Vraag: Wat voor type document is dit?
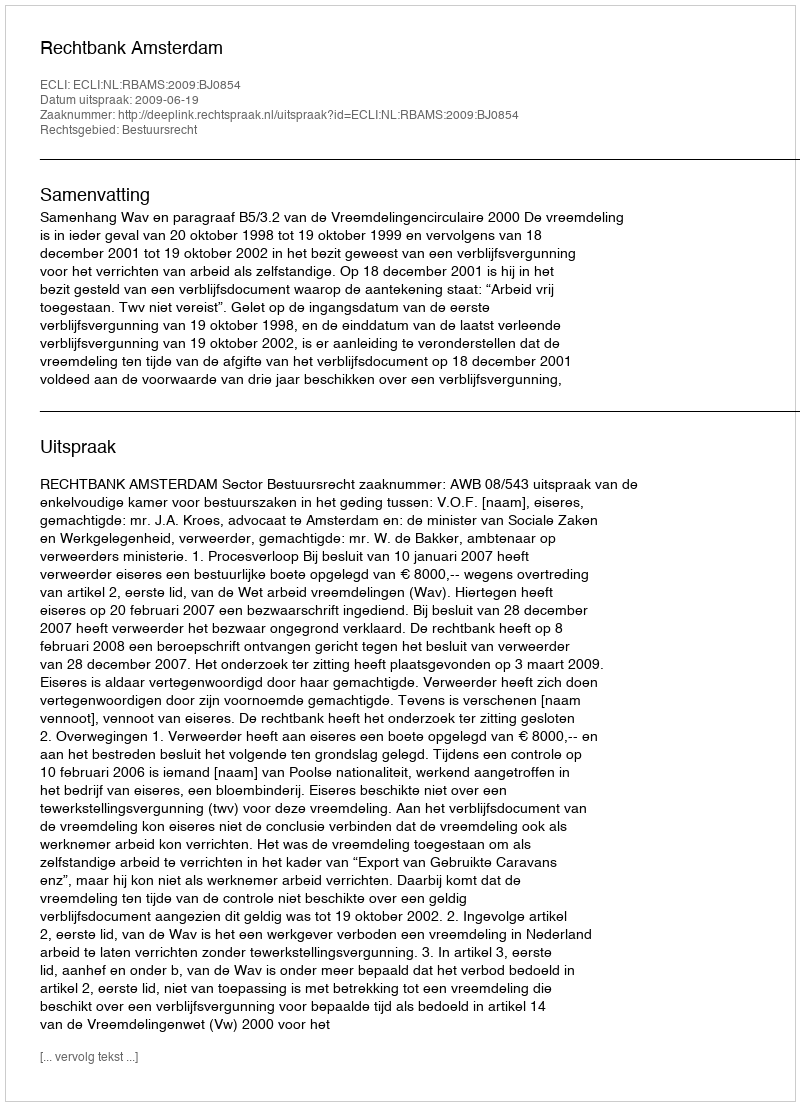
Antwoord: Uitspraak